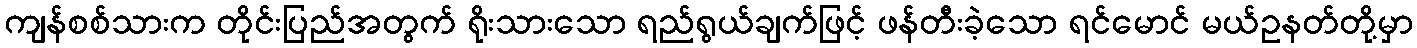
ကျန်စစ်သားက တိုင်းပြည်အတွက် ရိုးသားသော ရည်ရွယ်ချက်ဖြင့် ဖန်တီးခဲ့သော ရင်မောင် မယ်ဥနတ်တို့မှာ